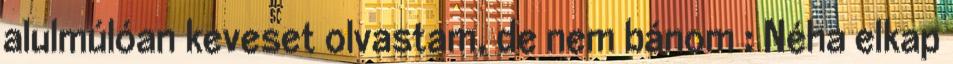
alulmúlóan keveset olvastam, de nem bánom : Néha elkap